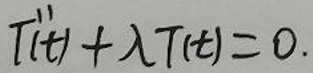
$T''(t)+\lambda T(t)=0.$